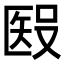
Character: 𥏏